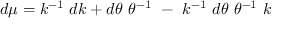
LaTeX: d \mu = k ^ { - 1 } ~ d k + d \theta ~ \theta ^ { - 1 } ~ - ~ k ^ { - 1 } ~ d \theta ~ \theta ^ { - 1 } ~ k